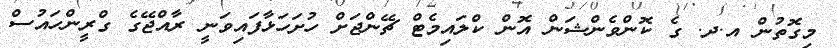
މިގޮތުން އ.ދ. ގެ ކޮންވެންޝަން އޮން ކްލައިމެޓް ޗޭންޖަށް ހުށަހަޅާފައިވަނީ ރާއްޖޭގެ ގްރީންހައުސް